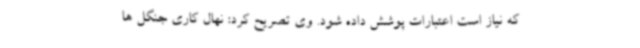
که نیاز است اعتبارات پوشش داده شود. وی تصریح کرد: نهال کاری جنگل ها